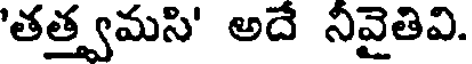
'తత్త్వమసి' అదే నీవైతివి.